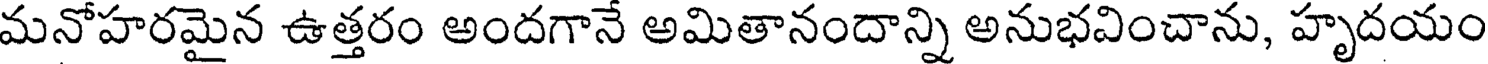
మనోహరమైన ఉత్తరం అందగానే అమితానందాన్ని అనుభవించాను, హృదయం